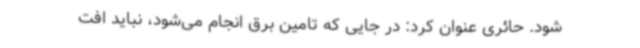
شود. حائری عنوان کرد: در جایی که تامین برق انجام می‌شود، نباید افت